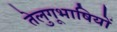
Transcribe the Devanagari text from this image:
तेलुगूभाषियों